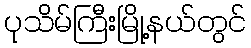
ပုသိမ်ကြီးမြို့နယ်တွင်